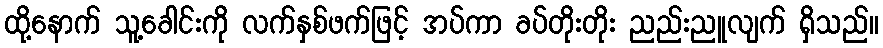
ထို့နောက် သူ့ခေါင်းကို လက်နှစ်ဖက်ဖြင့် အပ်ကာ ခပ်တိုးတိုး ညည်းညူလျက် ရှိသည်။